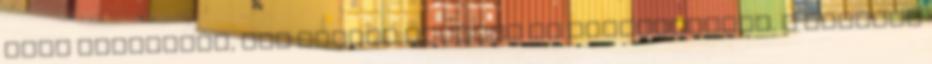
Kane festménye, egy csinuk anyával és kisbabájával. A kisbaba